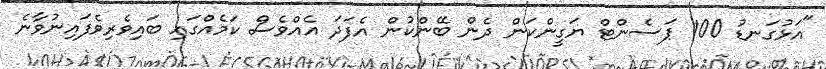
"އަޅުގަނޑު 100 ޕަސެންޓް ޔަގީންކަން ދެން ބޭންކުން އެފަދަ އެއްވެސް ކަމެއްގައި ބައިވެރިވެފައިނުވާނެ